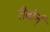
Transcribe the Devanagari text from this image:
रीबोर्न्